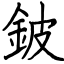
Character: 鈹